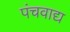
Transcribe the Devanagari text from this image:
पंचवाद्य